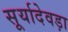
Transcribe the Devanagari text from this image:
सूर्यादेवड़ा